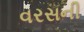
વરસની